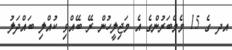
އދ ގެ 15 މެމްބަރުންގެ އެ މަޖިލީހުން ރޭ ބޭއްވި ކުއްލި ބައްދަލު